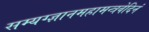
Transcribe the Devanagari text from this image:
सम्यग्ज्ञानमहामन्त्रवेदिनं